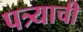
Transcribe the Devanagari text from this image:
पत्र्याची